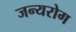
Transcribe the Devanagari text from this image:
जन्‍यरोग